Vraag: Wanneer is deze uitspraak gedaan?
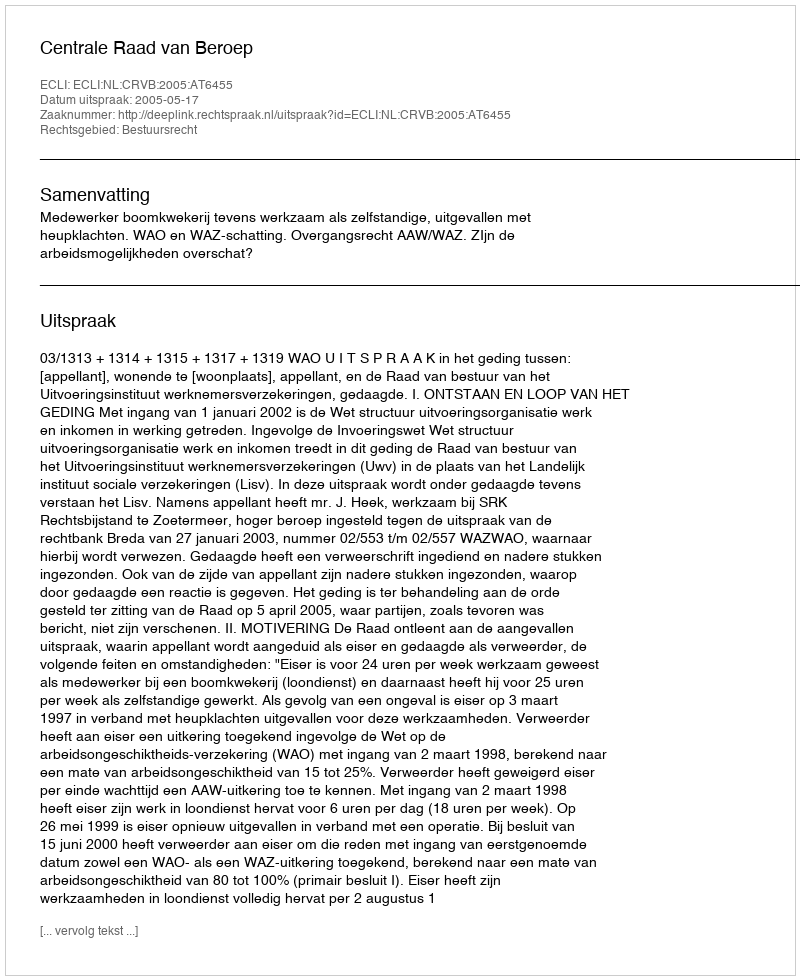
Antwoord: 2005-05-17